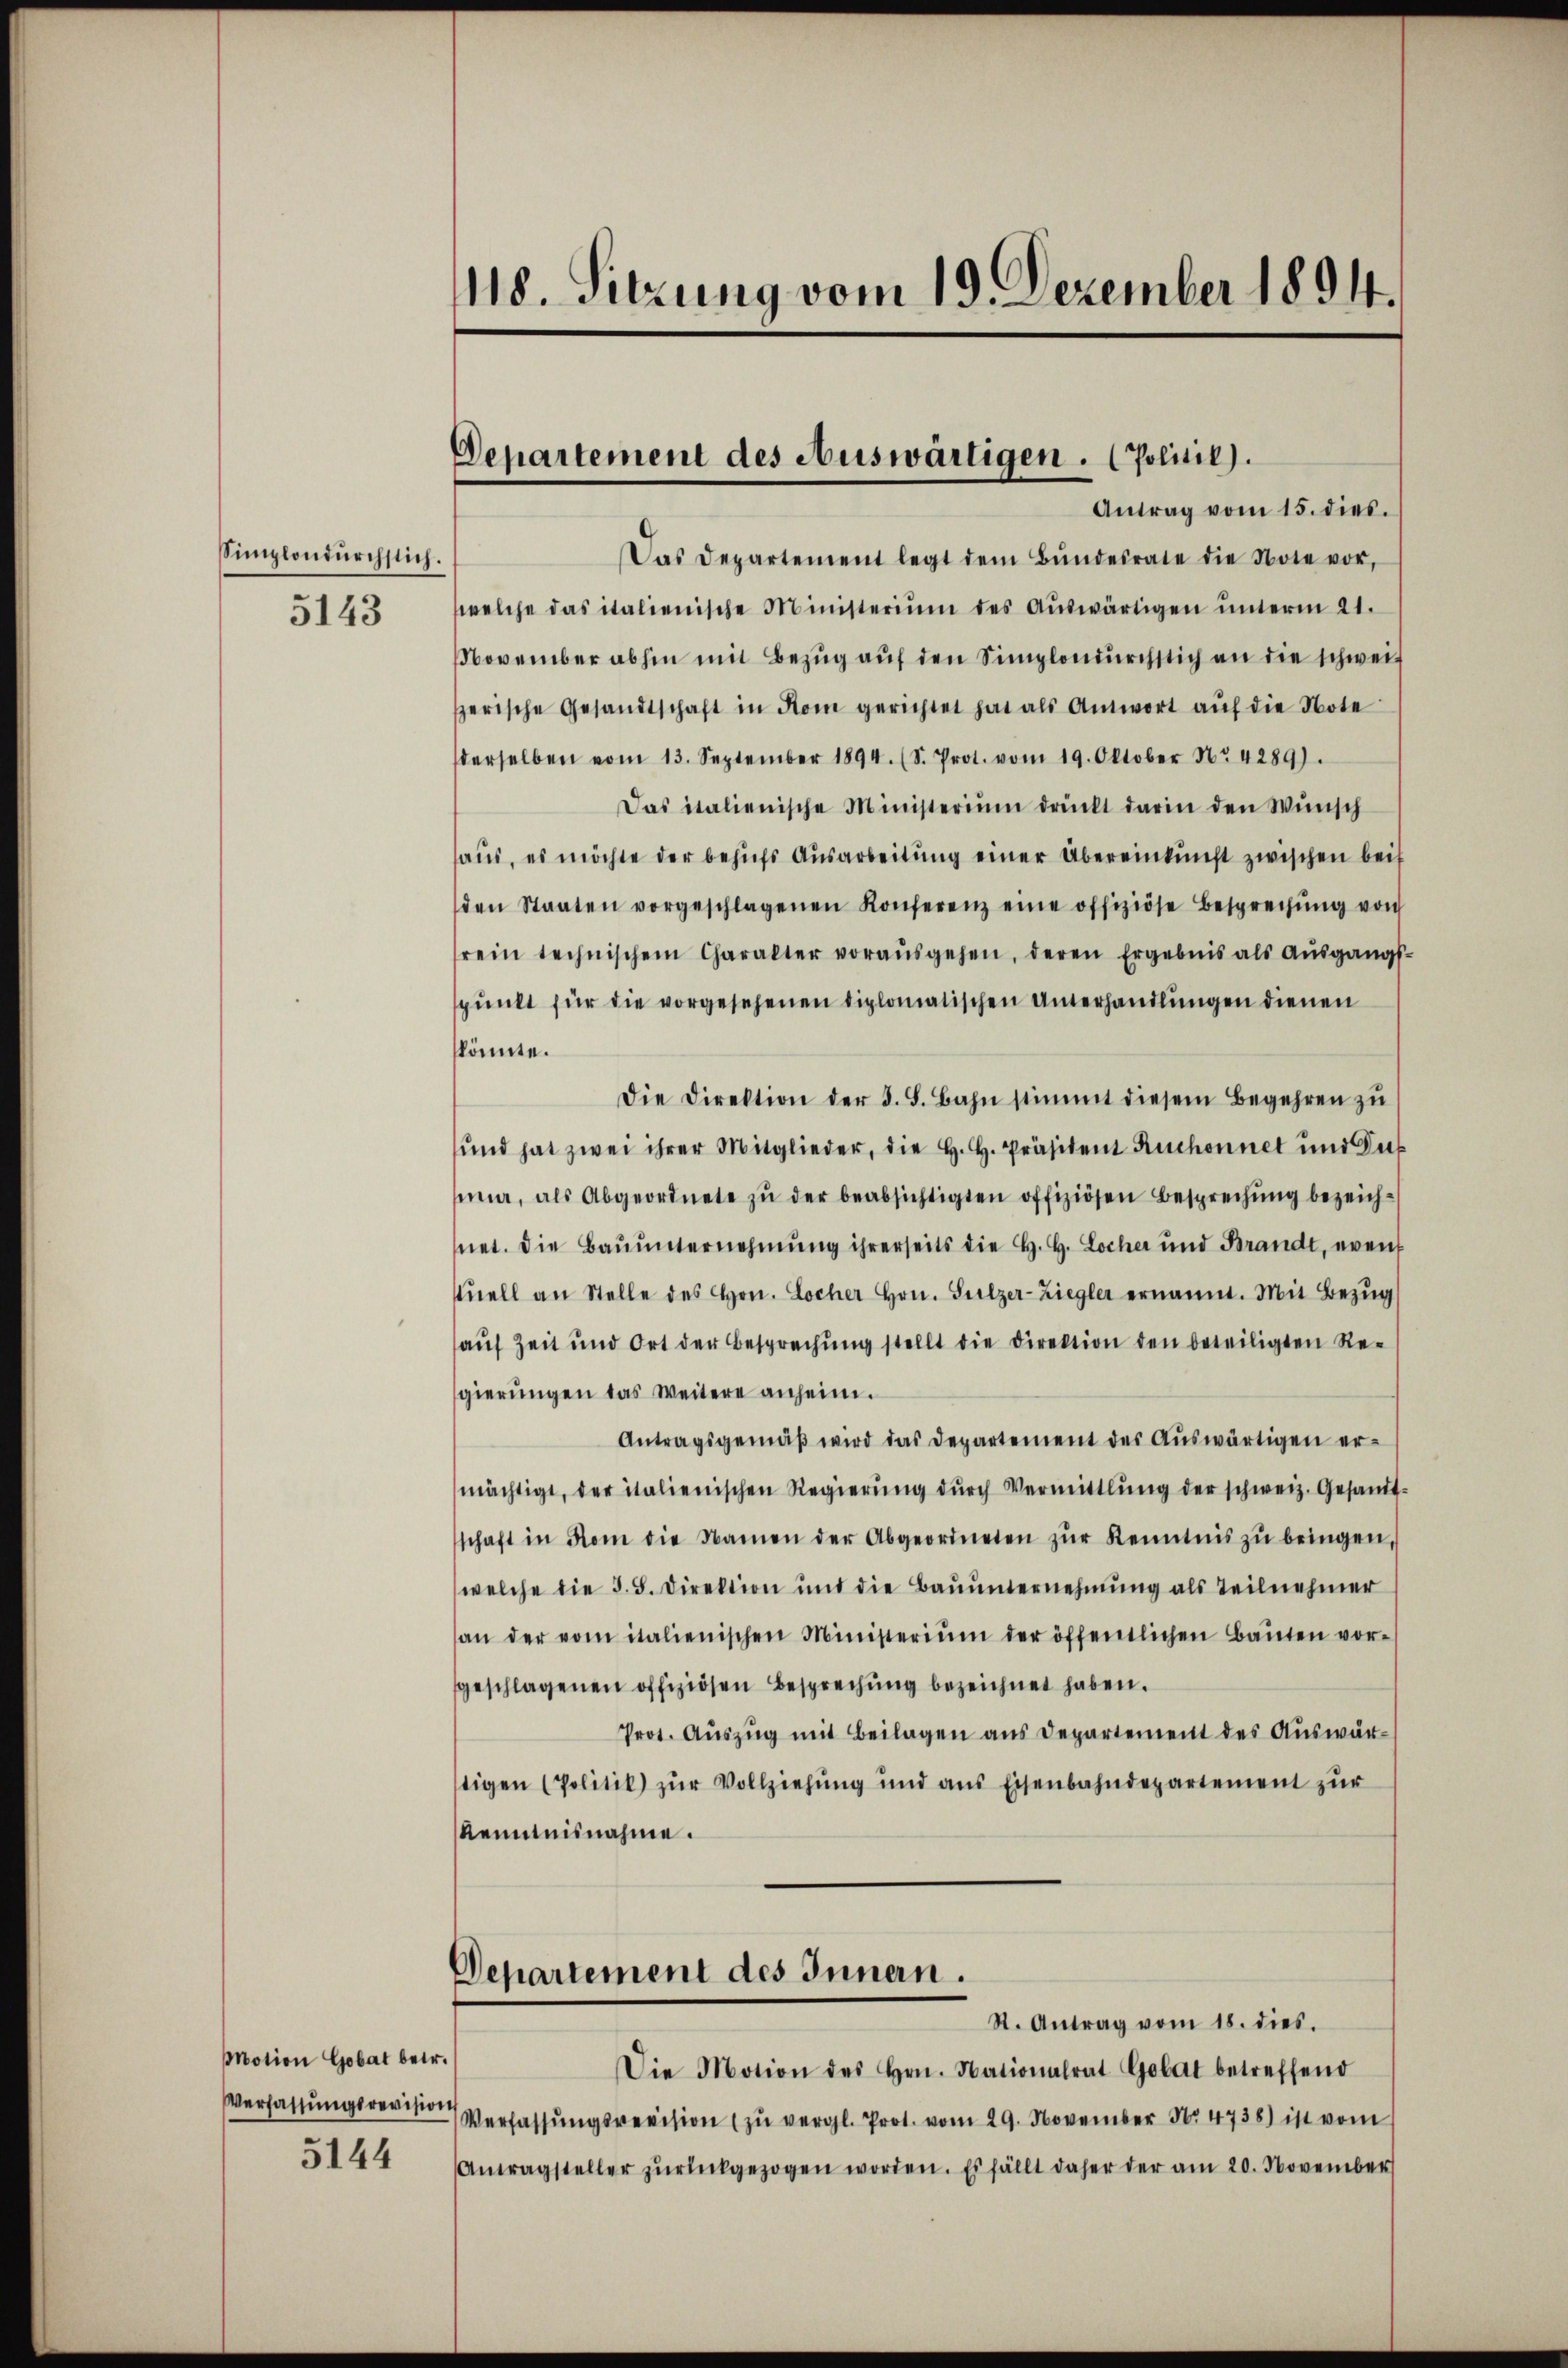
Simplondurchstich.
5143

Motion Gobat betr.
Verfassungsrevision

5144

Das Departement legt dem Bŭndesrate die Note vor,
welche das italienische Ministerium des Aŭswärtigen ŭnterm 21.
November abhin mit Bezug auf den Simplendurchstich an die schweiz
serische Gesandtschaft in Rom gerichtet hat als Antwort aŭf die Note
derselben vom 13. September 1894. (S. Prot. vom 19. Oktober Nr 4289).
Das italienische Ministerium drückt darin den Wunsch
haus, es möchte der behufs Ausarbeitung einer Übereinkunft zwischen beit
den Staaten vorgeschlagenen Konferenz eine offiziöse Besprechŭng von
rein technischem Charakter vorausgehen, deren Ergebnis als Aŭsgangs-
pŭnkt für die vorgesehenen diplomatischen Unterhandlungen dienen
könnte.
Die Direktion der d. S. Bahn stimmt diesem Begehren zŭ
ŭnd hat zwei ihrer Mitglieder, die H. H. Präsident Ruchonnet und das
sna, als Abgeordnete zŭ der beabsichtigten offiziösen Besprechŭng bezeich-
net. Die Baŭŭnternehmung ihrerseits die H. H. Locher und Brandt, event
ŭell an Stelle des Hrn. Locher Hrn. Sulzer-Ziegler ernannt. Mit Bezŭg
aŭf Zeit und Ort der Besprechŭng stellt die Direktion den beteiligten Re-
gierŭngen das Weitere anheim.
Antragsgemäβ wird das Departement des Aŭswärtigen er-
mächtigt, der italienischen Regierŭng dŭrch Vermittlŭng der schweiz. Gesandt-
schaft in Rom die Namen der Abgeordneten zŭr Kenntnis zŭ bringen,
welche die 3. 5. Direktion und die Baŭŭnternehmung als Teilnehmer
an der vom italienischen Ministerium der öffentlichen Baŭten vor-
geschlagenen offiziösen Besprechung bezeichnet haben.
Prot. Auszug mit Beilagen aus Departement des Auswärstigen (Politik) zur Vollziehung und aus Eisenbahndepartement zur
Kenntnisnahme.
Departement des Innern.
St. Antrag vom 18. dies.
Die Motion des Hrn. Nationalrat Gobat betreffend
Verfassŭngsrevision zŭ vergl. Prot. vom 29. November No. 4738) ist vom
Antragsteller zŭrückgezogen worden. Es fällt daher der am 20. November

118. Sitzung vom 19. Dezember 1894.

Departement des Auswärtigen. (Politik).
Antrag vom 15. dies.